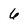
Character: 6